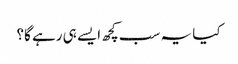
کیا یہ سب کچھ ایسے ہی رہے گا؟